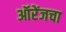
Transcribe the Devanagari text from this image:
ऑरेंजचा